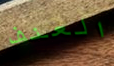
العنف